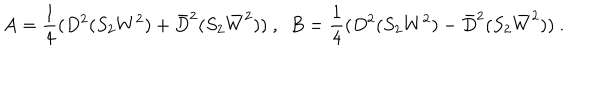
A = \frac { 1 } { 4 } ( D ^ { 2 } ( S _ { 2 } W ^ { 2 } ) + \bar { D } ^ { 2 } ( S _ { 2 } \bar { W } ^ { 2 } ) ) ~ , ~ ~ B = \frac { 1 } { 4 } ( D ^ { 2 } ( S _ { 2 } W ^ { 2 } ) - \bar { D } ^ { 2 } ( S _ { 2 } \bar { W } ^ { 2 } ) ) ~ .